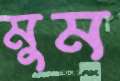
মুম